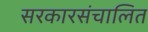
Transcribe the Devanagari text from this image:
सरकारसंचालित